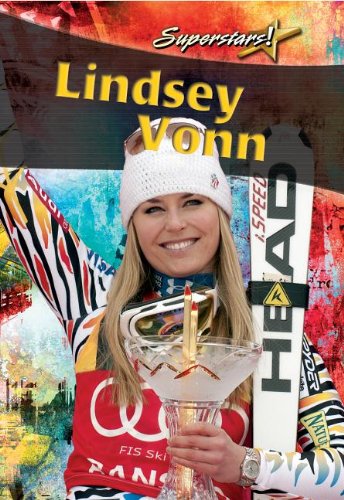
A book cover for Lindsey Vonn (Superstars!); Sarah Dann; Children's Books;